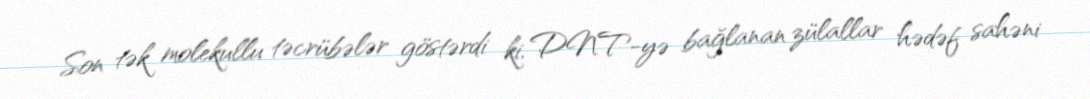
Son tək molekullu təcrübələr göstərdi ki, DNT-yə bağlanan zülallar hədəf sahəni